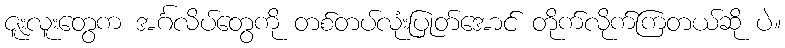
ဇူးလူးတွေက အင်္ဂလိပ်တွေကို တစ်တပ်လုံးပြုတ်အောင် တိုက်လိုက်ကြတယ်ဆို ပဲ။